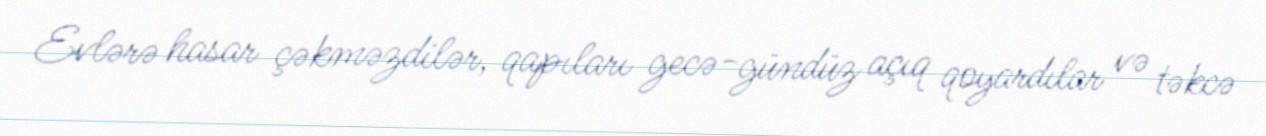
Evlərə hasar çəkməzdilər, qapıları gecə-gündüz açıq qoyardılar və təkcə